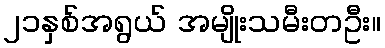
၂၁နှစ်အရွယ် အမျိုးသမီးတဦး။